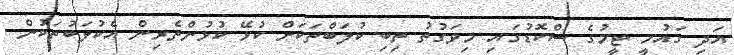
އަދި ގައުމީ ޓީމުގެ ސްކޮޑުގައި މިވަގުތު ތިބި ކުލަބްތަކަށް ކުޅޭ ކުޅުންތެރިން އެކުލަބުތަކުން